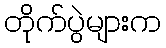
တိုက်ပွဲများက